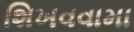
શિખવવામા